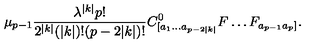
\mu _ { p - 1 } \frac { \lambda ^ { | k | } p ! } { 2 ^ { | k | } ( | k | ) ! ( p - 2 | k | ) ! } C _ { [ a _ { 1 } \ldots a _ { p - 2 | k | } } ^ { 0 } F \ldots F _ { a _ { p - 1 } a _ { p } ] } .